Problem: 17 - 14 = ?
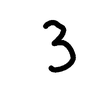
Handwritten answer: 3